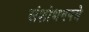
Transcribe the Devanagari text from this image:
संशोधनपत्रे